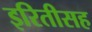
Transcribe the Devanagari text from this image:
इरितीसह